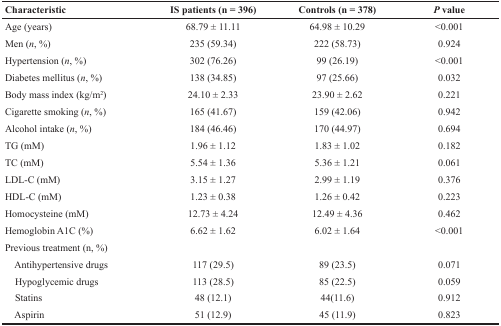
<table><thead><tr><td><b>Characteristic</b></td><td><b>IS patients (n = 396)</b></td><td><b>Controls (n = 378)</b></td><td><b><i>P</i> value</b></td></tr></thead><tbody><tr><td>Age (years)</td><td>68.79 ± 11.11</td><td>64.98 ± 10.29</td><td>&lt;0.001</td></tr><tr><td>Men (<i>n</i>, %)</td><td>235 (59.34)</td><td>222 (58.73)</td><td>0.924</td></tr><tr><td>Hypertension (<i>n</i>, %)</td><td>302 (76.26)</td><td>99 (26.19)</td><td>&lt;0.001</td></tr><tr><td>Diabetes mellitus (<i>n</i>, %)</td><td>138 (34.85)</td><td>97 (25.66)</td><td>0.032</td></tr><tr><td>Body mass index (kg/m<sup>2</sup>)</td><td>24.10 ± 2.33</td><td>23.90 ± 2.62</td><td>0.221</td></tr><tr><td>Cigarette smoking (<i>n</i>, %)</td><td>165 (41.67)</td><td>159 (42.06)</td><td>0.942</td></tr><tr><td>Alcohol intake (<i>n</i>, %)</td><td>184 (46.46)</td><td>170 (44.97)</td><td>0.694</td></tr><tr><td>TG (mM)</td><td>1.96 ± 1.12</td><td>1.83 ± 1.02</td><td>0.182</td></tr><tr><td>TC (mM)</td><td>5.54 ± 1.36</td><td>5.36 ± 1.21</td><td>0.061</td></tr><tr><td>LDL-C (mM)</td><td>3.15 ± 1.27</td><td>2.99 ± 1.19</td><td>0.376</td></tr><tr><td>HDL-C (mM)</td><td>1.23 ± 0.38</td><td>1.26 ± 0.42</td><td>0.223</td></tr><tr><td>Homocysteine (mM)</td><td>12.73 ± 4.24</td><td>12.49 ± 4.36</td><td>0.462</td></tr><tr><td>Hemoglobin A1C (%)</td><td>6.62 ± 1.62</td><td>6.02 ± 1.64</td><td>&lt;0.001</td></tr><tr><td>Previous treatment (n, %)</td><td></td><td></td><td></td></tr><tr><td> Antihypertensive drugs</td><td>117 (29.5)</td><td>89 (23.5)</td><td>0.071</td></tr><tr><td> Hypoglycemic drugs</td><td>113 (28.5)</td><td>85 (22.5)</td><td>0.059</td></tr><tr><td> Statins</td><td>48 (12.1)</td><td>44(11.6)</td><td>0.912</td></tr><tr><td> Aspirin</td><td>51 (12.9)</td><td>45 (11.9)</td><td>0.823</td></tr></tbody></table>